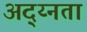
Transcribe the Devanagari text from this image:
अद्य्नता